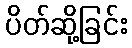
ပိတ်ဆို့ခြင်း